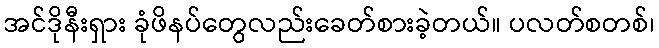
အင်ဒိုနီးရှား ခုံဖိနပ်တွေလည်းခေတ်စားခဲ့တယ်။ ပလတ်စတစ်၊